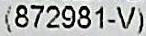
(872981-V)